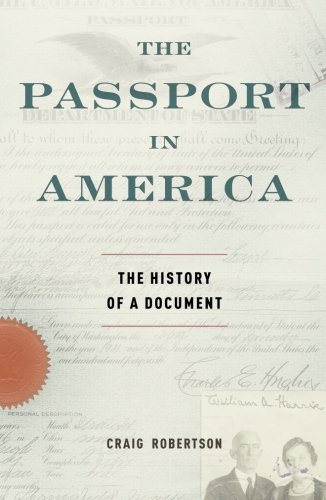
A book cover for The Passport in America: The History of a Document; Craig Robertson; Law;